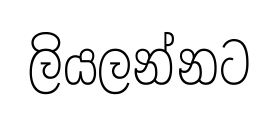
ලියලන්නට